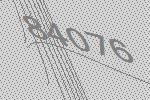
84076